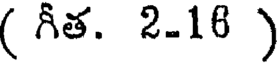
( గీత. 2.16 )